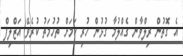
އެ ގޮތުން ރިލްވާން ގެއްލުމާ ގުޅުން ހުރި ކަމަށް ތުހުމަތު ކުރެވޭ އަޒްލިފް